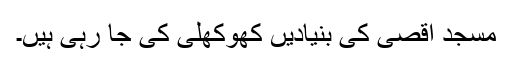
مسجد اقصیٰ کی بنیادیں کھوکھلی کی جا رہی ہیں۔